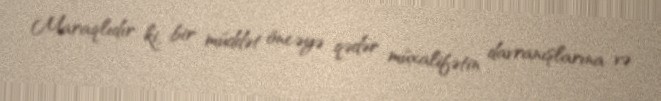
Maraqlıdır ki, bir müddət öncəyə qədər müxalifətin davranışlarına və